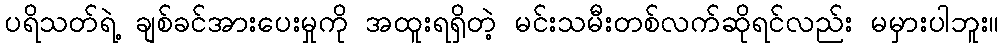
ပရိသတ်ရဲ့ ချစ်ခင်အားပေးမှုကို အထူးရရှိတဲ့ မင်းသမီးတစ်လက်ဆိုရင်လည်း မမှားပါဘူး။